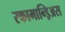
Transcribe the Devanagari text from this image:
स्कामान्ड्रिअस